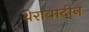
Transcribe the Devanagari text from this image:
थेरावादीन